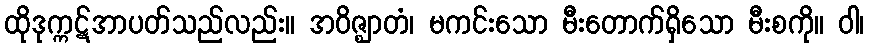
ထိုဒုက္ကဋ်အာပတ်သည်လည်း။ အဝိဇ္ဈာတံ၊ မကင်းသော မီးတောက်ရှိသော မီးစကို။ ဝါ၊